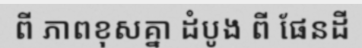
ពី ភាពខុសគ្នា ដំបូង ពី ផែនដី